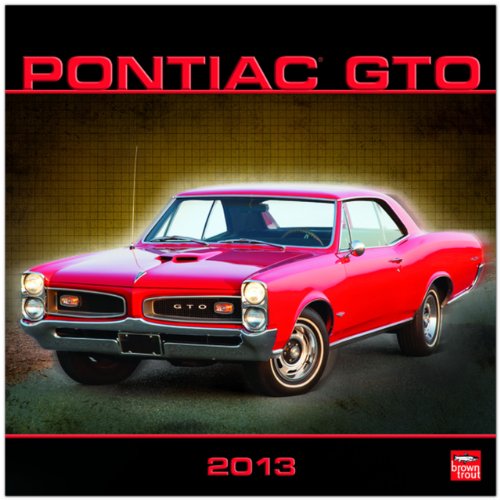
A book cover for Pontiac GTO 2013 Calendar; Calendars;